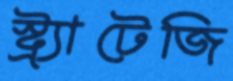
স্ট্র্যাটেজি